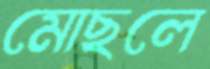
মোছলে